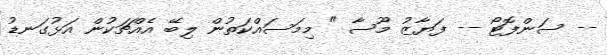
-- ސަންފޮޓޯ -- ފަޔާޒު މޫސާ " މިމަސައްކަތުން ލިބޭ އެއްޗަކުން އަޅުގަނޑު